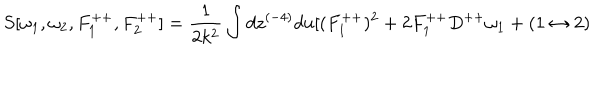
S [ \omega _ { 1 } , \omega _ { 2 } , F _ { 1 } ^ { + + } , F _ { 2 } ^ { + + } ] = { \frac { 1 } { 2 k ^ { 2 } } } \int d z ^ { ( - 4 ) } d u \lbrack ( F _ { 1 } ^ { + + } ) ^ { 2 } + 2 F _ { 1 } ^ { + + } D ^ { + + } \omega _ { 1 } + ( 1 \leftrightarrow 2 )